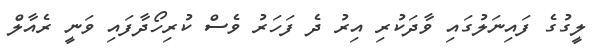
ލީގުގެ ފައިނަލުގައި ވާދަކުރި އިރު ދެ ފަހަރު ވެސް ކުރިހޯދާފައި ވަނީ ރެއާލް